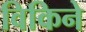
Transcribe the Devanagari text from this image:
विकिने